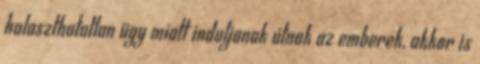
halaszthatatlan ügy miatt induljanak útnak az emberek, akkor is